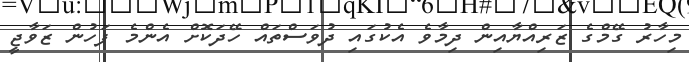
މިހާރު ގޭމްގެ ޒަރިއްޔާއިން ދިމާވެ އެކުގައި ދުވަސްތައް ހޭދަކޮށް އެންމެ ފަހުން ޒަވާޖީ